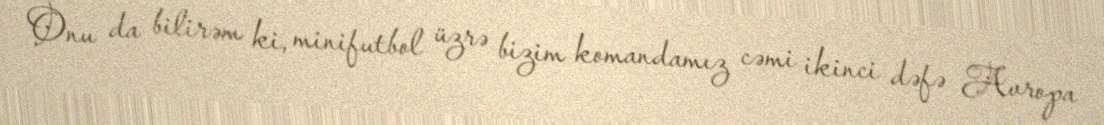
Onu da bilirəm ki, minifutbol üzrə bizim komandamız cəmi ikinci dəfə Avropa